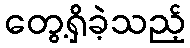
တွေ့ရှိခဲ့သည့်